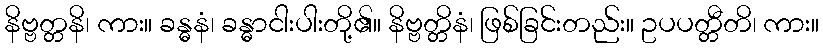
နိဗ္ဗတ္တနိ၊ ကား။ ခန္ဓနံ၊ ခန္ဓာငါးပါးတို့၏။ နိဗ္ဗတ္တိနံ၊ ဖြစ်ခြင်းတည်း။ ဥပပတ္တီတိ၊ ကား။